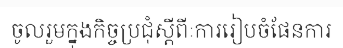
ចូលរួមក្នុងកិច្ចប្រជុំស្តីពីៈការរៀបចំផែនការ